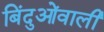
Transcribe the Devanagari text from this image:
बिंदुओंवाली